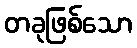
တခုဖြစ်သော